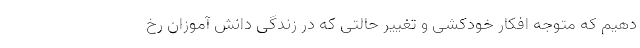
دهیم که متوجه افکار خودکشی و تغییر حالتی که در زندگی دانش آموزان رخ